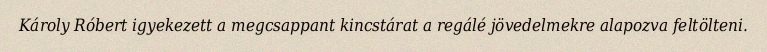
Károly Róbert igyekezett a megcsappant kincstárat a regálé jövedelmekre alapozva feltölteni.